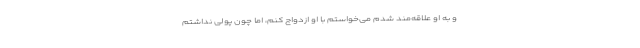
و به او علاقه‌مند شدم می‌خواستم با او ازدواج کنم، اما چون پولی نداشتم